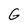
Character: G